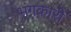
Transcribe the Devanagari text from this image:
भंगकारी